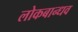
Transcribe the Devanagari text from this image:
लोकबान्धव